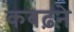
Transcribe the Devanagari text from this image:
कबढ़ने